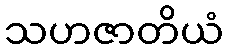
သဟဇာတိယံ